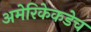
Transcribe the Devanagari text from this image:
अमेरिकेकडेच